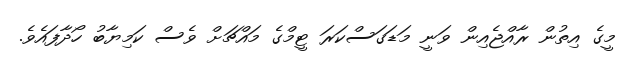
މީގެ އިތުން ރާއްޖެއިން ވަނީ މަޑަގަސްކަރަ ޓީމްގެ މައްޗަށް ވެސް ކަމިޔާބު ހޯދާފައެވެ.